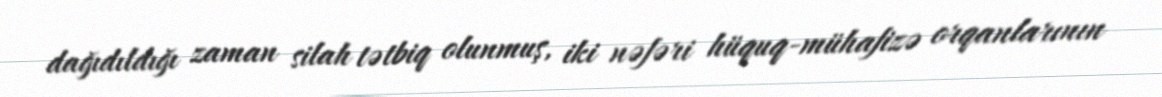
dağıdıldığı zaman silah tətbiq olunmuş, iki nəfəri hüquq-mühafizə orqanlarının